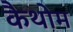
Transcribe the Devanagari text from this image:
कैथोम